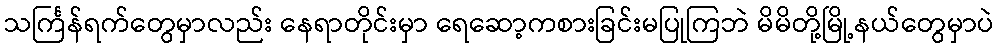
သင်္ကြန်ရက်တွေမှာလည်း နေရာတိုင်းမှာ ရေဆော့ကစားခြင်းမပြုကြဘဲ မိမိတို့မြို့နယ်တွေမှာပဲ